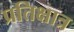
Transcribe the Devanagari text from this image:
प्रतिक्षात्र